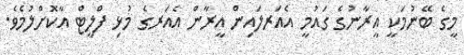
މީގެ ބޭނުމަކީ އީރާނުގެ ގައުމީ އެއަރލައިން އީރާން އެއަރގެ މުޅި ފްލީޓް އާކޮށްލުމެވެ.